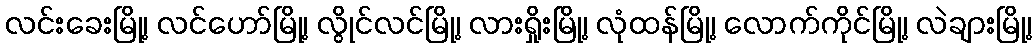
လင်းခေးမြို့၊ လင်ဟော်မြို့၊ လွိုင်လင်မြို့၊ လားရှိုးမြို့၊ လုံထန်မြို့၊ လောက်ကိုင်မြို့၊ လဲချားမြို့၊